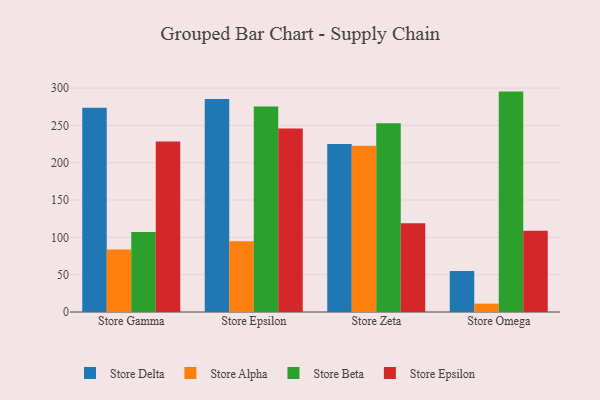
{"axis": {"x": "Store", "y": "Headcount"}, "legend": ["Store Alpha", "Store Beta", "Store Delta", "Store Epsilon"], "data": [{"x": "Store Gamma", "y": 273.5, "type": "Store Delta"}, {"x": "Store Gamma", "y": 83.8, "type": "Store Alpha"}, {"x": "Store Gamma", "y": 107.3, "type": "Store Beta"}, {"x": "Store Gamma", "y": 228.3, "type": "Store Epsilon"}, {"x": "Store Epsilon", "y": 285.4, "type": "Store Delta"}, {"x": "Store Epsilon", "y": 94.8, "type": "Store Alpha"}, {"x": "Store Epsilon", "y": 275.4, "type": "Store Beta"}, {"x": "Store Epsilon", "y": 245.9, "type": "Store Epsilon"}, {"x": "Store Zeta", "y": 225.0, "type": "Store Delta"}, {"x": "Store Zeta", "y": 222.8, "type": "Store Alpha"}, {"x": "Store Zeta", "y": 252.9, "type": "Store Beta"}, {"x": "Store Zeta", "y": 118.8, "type": "Store Epsilon"}, {"x": "Store Omega", "y": 54.8, "type": "Store Delta"}, {"x": "Store Omega", "y": 11.2, "type": "Store Alpha"}, {"x": "Store Omega", "y": 295.3, "type": "Store Beta"}, {"x": "Store Omega", "y": 109.0, "type": "Store Epsilon"}]}